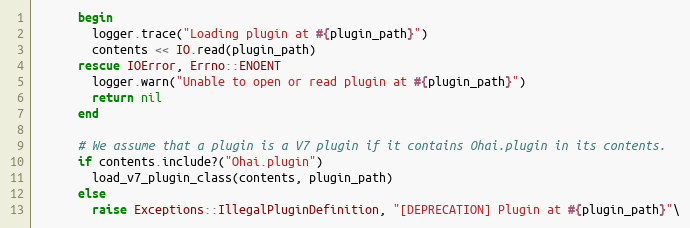
Language: Ruby
      begin
        logger.trace("Loading plugin at #{plugin_path}")
        contents << IO.read(plugin_path)
      rescue IOError, Errno::ENOENT
        logger.warn("Unable to open or read plugin at #{plugin_path}")
        return nil
      end

      # We assume that a plugin is a V7 plugin if it contains Ohai.plugin in its contents.
      if contents.include?("Ohai.plugin")
        load_v7_plugin_class(contents, plugin_path)
      else
        raise Exceptions::IllegalPluginDefinition, "[DEPRECATION] Plugin at #{plugin_path}"\